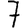
Digit: 7